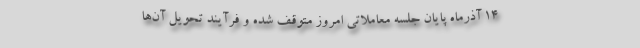
۱۴ آذرماه پایان جلسه معاملاتی امروز متوقف شده و فرآیند تحویل آن‌ها